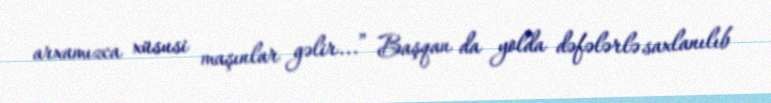
arxamızca xüsusi maşınlar gəlir...” Başqan da yolda dəfələrlə saxlanılıb